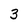
Character: 3